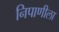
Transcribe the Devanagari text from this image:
निपाणीला